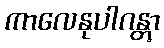
ကာလေနုပါဂန္တွာ